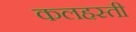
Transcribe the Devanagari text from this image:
कलहस्ती